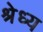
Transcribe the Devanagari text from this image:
श्रेध्य